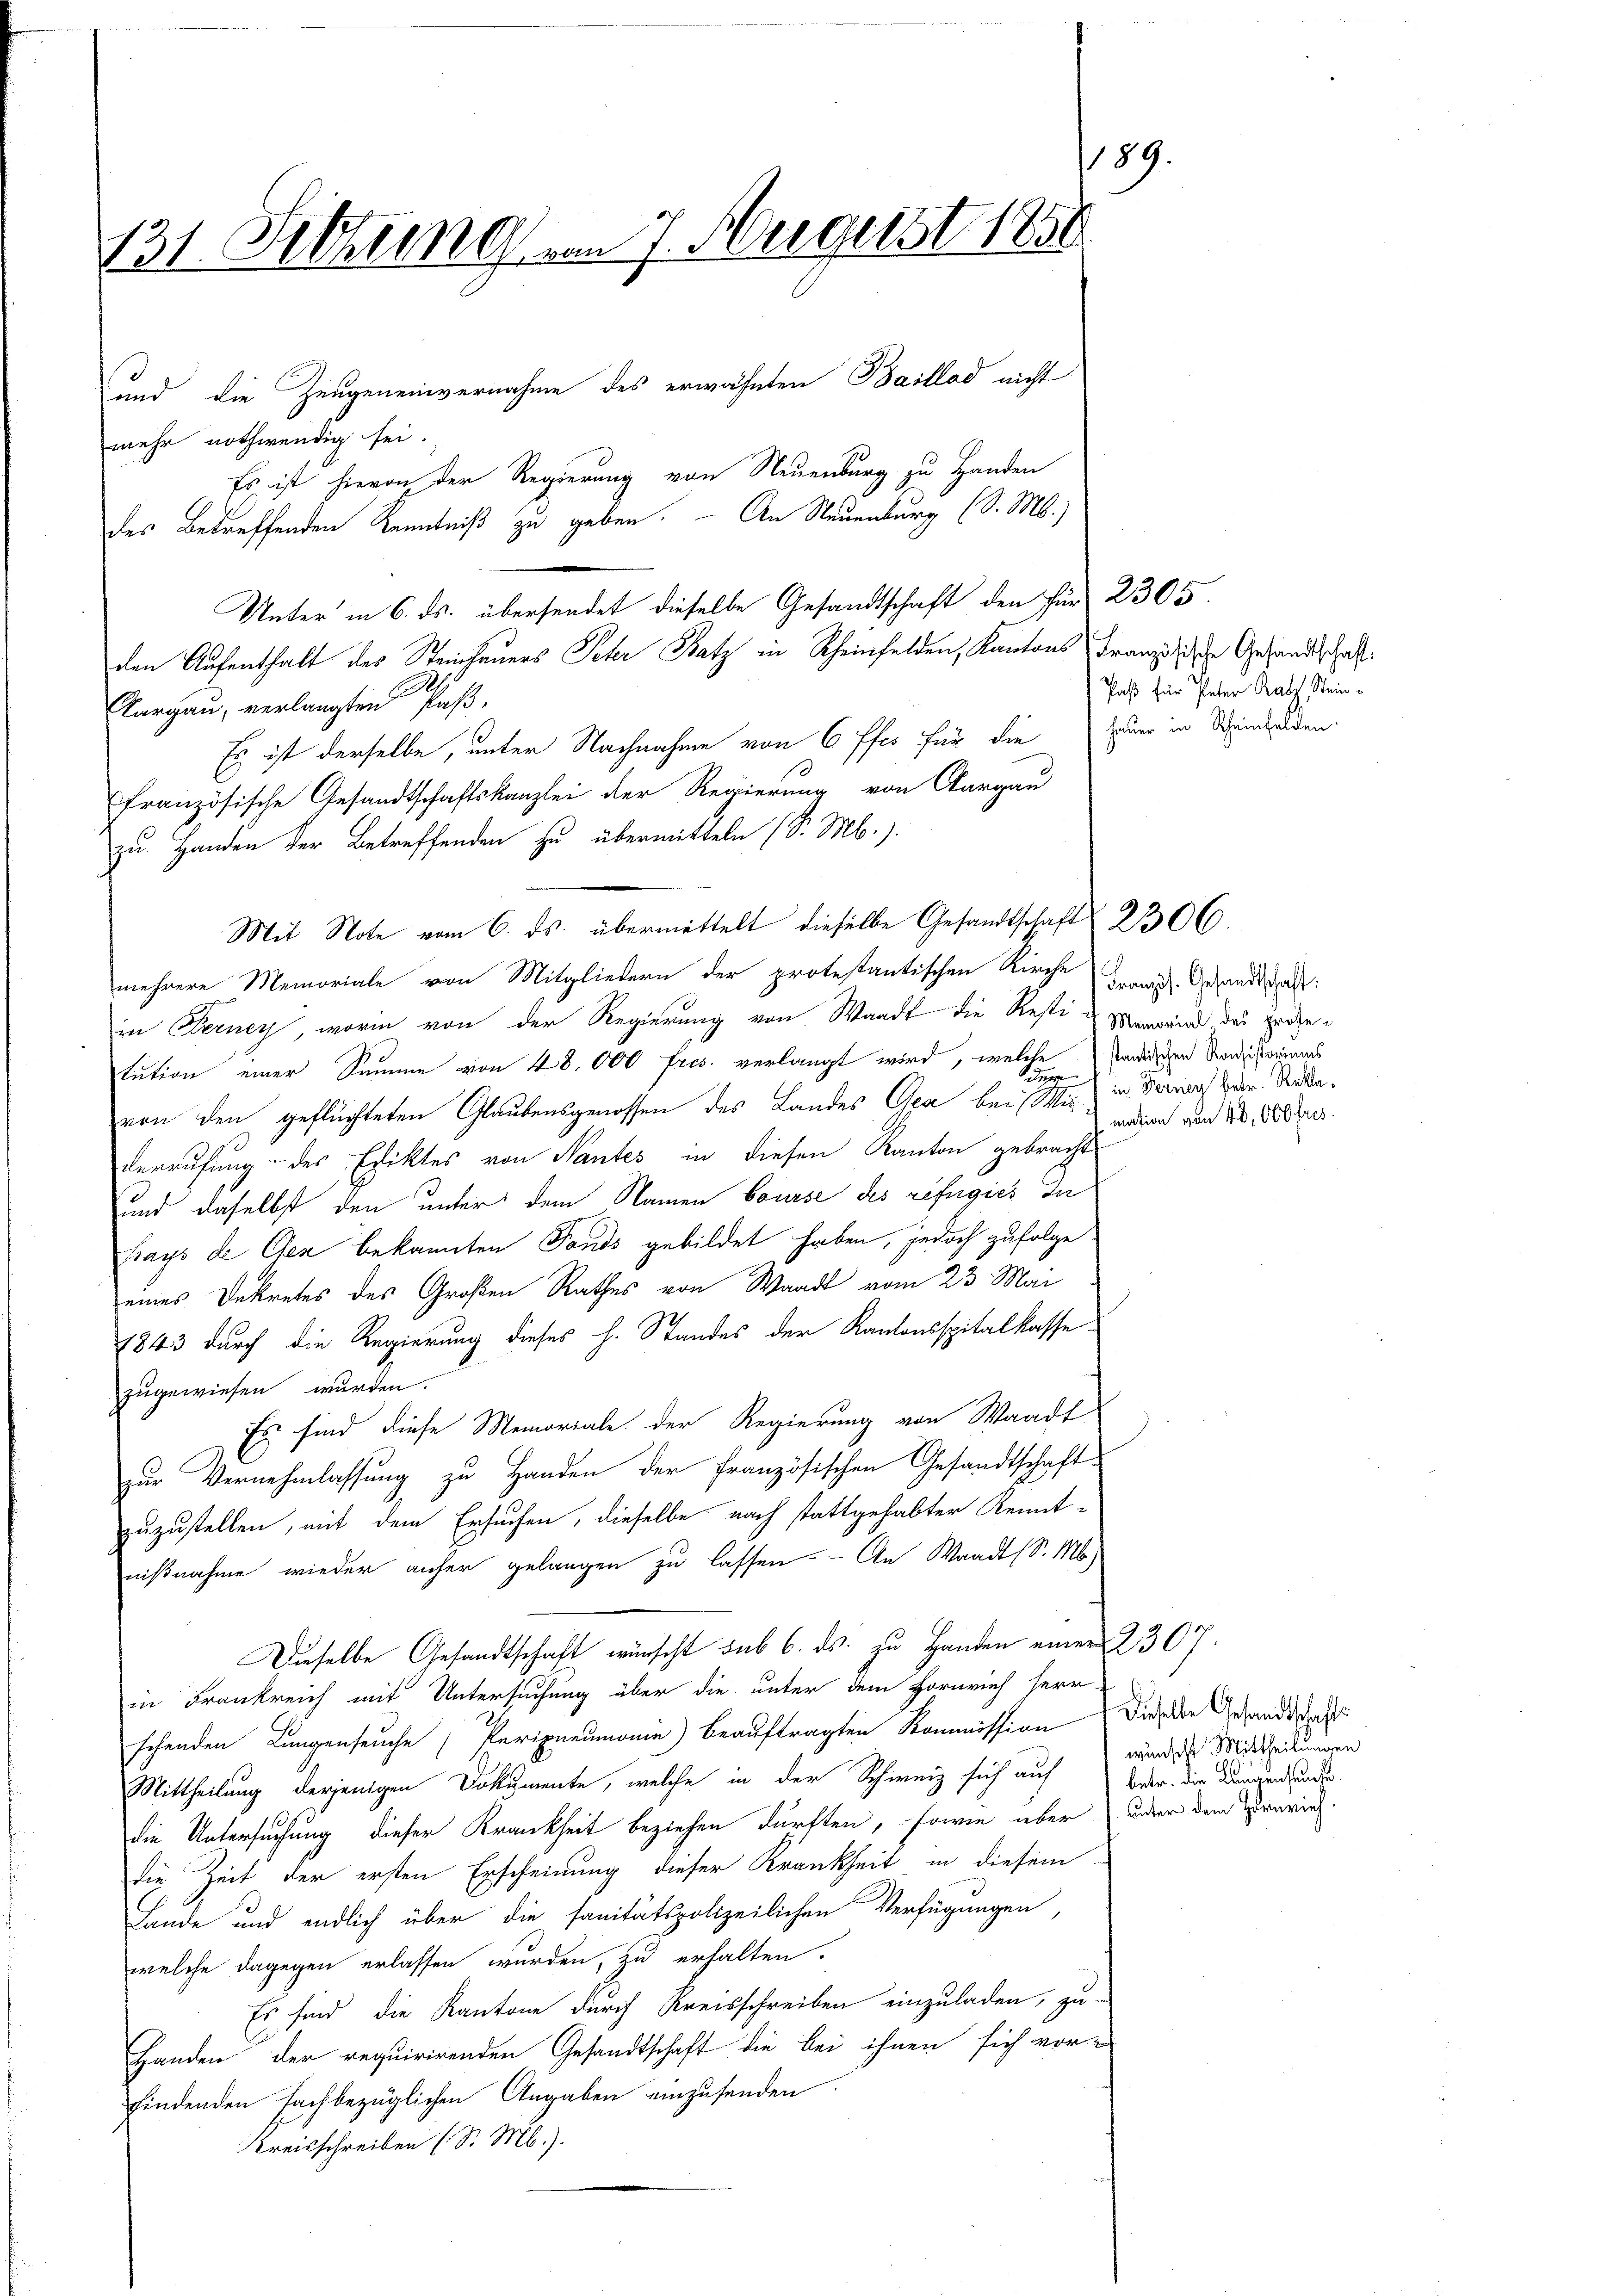
189.
131. Sitzung vom 7. Aergerst 1890
und die Zeugeneinvernahme des erwähnten Baillad nicht

mehr nothwendig sei.
Es ist hievon der Regierung von Neuenburg zu Handen
des betreffenden Kenntniß zu geben. — An Neuenburg (S. M.)
Unter in 6. ds. übersendet dieselbe Gesandtschaft den für 2305.
den Aufenthalt des Steinhauers Peter Batz in Scheinfelden, Kantons Franz die Gesandtschaft
Aargau, verlangten Paß¬
Es ist derselbe, unter Nachnahme von 6 ffes für die Euer in Windulden.
französische Gesandtschaftskanzlei der Regierung von Aargau
zu Handen der Betreffenden zu übermitteln (S. Mb.).
Mit Note vom 6. ds. übermittelt dieselbe Gesandtschaft 2306
mehrere Memoriale von Mitgliedern der protestantischen Kirche wird. Gesandtschaft:
in Berney, worin von der Regierung von Waadt die Resti - Verwende des Horgetution einer Summe von 48. 000 fres. verlangt wird, welche
dg
von den geflüchteten Glaubensgenossen des Landes Gea bei Wie in Berner Herr Rataderrufung des Ediktes von Nantes in diesen Kanton gebracht
und daselbst den unter dem Namen bourse des refugies In
Frays de Cen bekannten Fonds gebildet haben, jedoch zufolge
eines Dekretes des Großen Rathes von Waadt vom 23. Mai
1843 durch die Regierung dieses h. Standes der Kantonsspitalkasse
zugewiesen wurden.
Es sind diese Memoriale der Regierung von Waadt
zur Vernehmlassung zu Handen der französischen Gesandtschaft
zuzustellen, mit dem Ersuchen, dieselbe nach stattgehabter Kenntnißnahme wieder anher gelangen zu lassen. - An Waadt (S. M.
Dieselbe Gesandtschaft wünscht sub 6. ds. zu Handen einer 2307.
in Frankreich mit Untersuchung über die unter dem Hornrich herr-
schenden Lungenseuche Peripneumann) beauftragten Kommission dieselbe Gesandtschafts
Mittheilung derjenigen Dokumente, welche in der Schweiz sich auf Bader, die Langenfunder
die Untersuchung dieser Krankheit beziehen dürften, sowie über under dem Provich.
die Zeit der ersten Erscheinung dieser Krankheit in diesem
Lande und endlich über die sanitätspolizeilichen Verfügungen,
welche dagegen erlassen wurden, zu erhalten.
Es sind die Kantone durch Kreisschreiben einzuladen, zu-
Handen der requirirenden Gesandtschaft die bei ihnen sich vor-
findenden fachbezüglichen Angaben einzusenden
Kreisschreiben (S. M.).

Paß für Peter Ratz, Stein¬

stantischen Konsistoriums
mation von 40,000 fres.

wünscht Mittheilungen